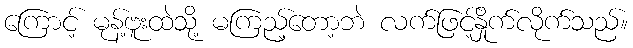
ကြောင့် မုန့်ဗူးထဲသို့ မကြည့်တော့ဘဲ လက်ဖြင့်နှိုက်လိုက်သည်။